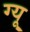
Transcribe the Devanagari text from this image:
ग्यू